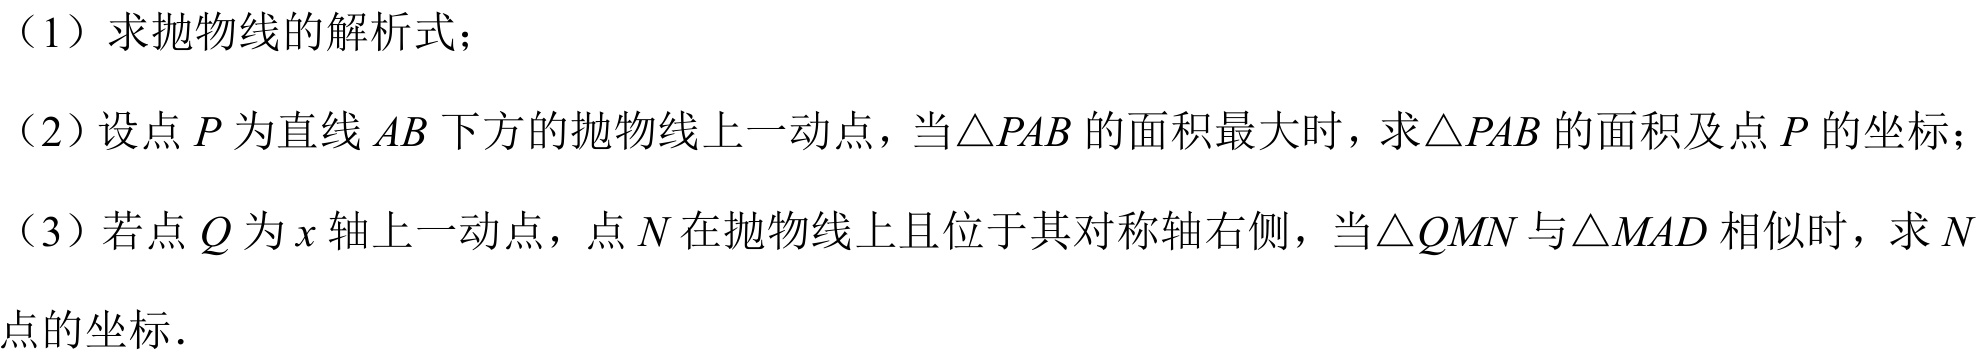
（1）求抛物线的解析式；
（2）设点\(P\)为直线\(AB\)下方的抛物线上一动点，当\(\triangle PAB\)的面积最大时，求\(\triangle PAB\)的面积及点\(P\)的坐标；
（3）若点\(Q\)为\(x\)轴上一动点，点\(N\)在抛物线上且位于其对称轴右侧，当\(\triangle QMN\)与\(\triangle MAD\)相似时，求\(N\)点的坐标.